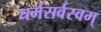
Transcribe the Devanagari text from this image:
धर्मसर्वस्वम्